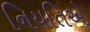
નિયતિએ